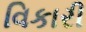
વિકારી